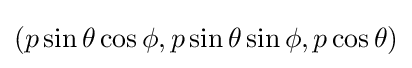
(p\sin \theta \cos \phi ,p\sin \theta \sin \phi ,p\cos \theta )